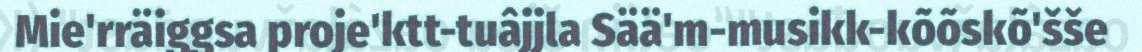
Mie'rräiggsa proje'ktt-tuâjjla Sää'm-musikk-kõõskõ'šše